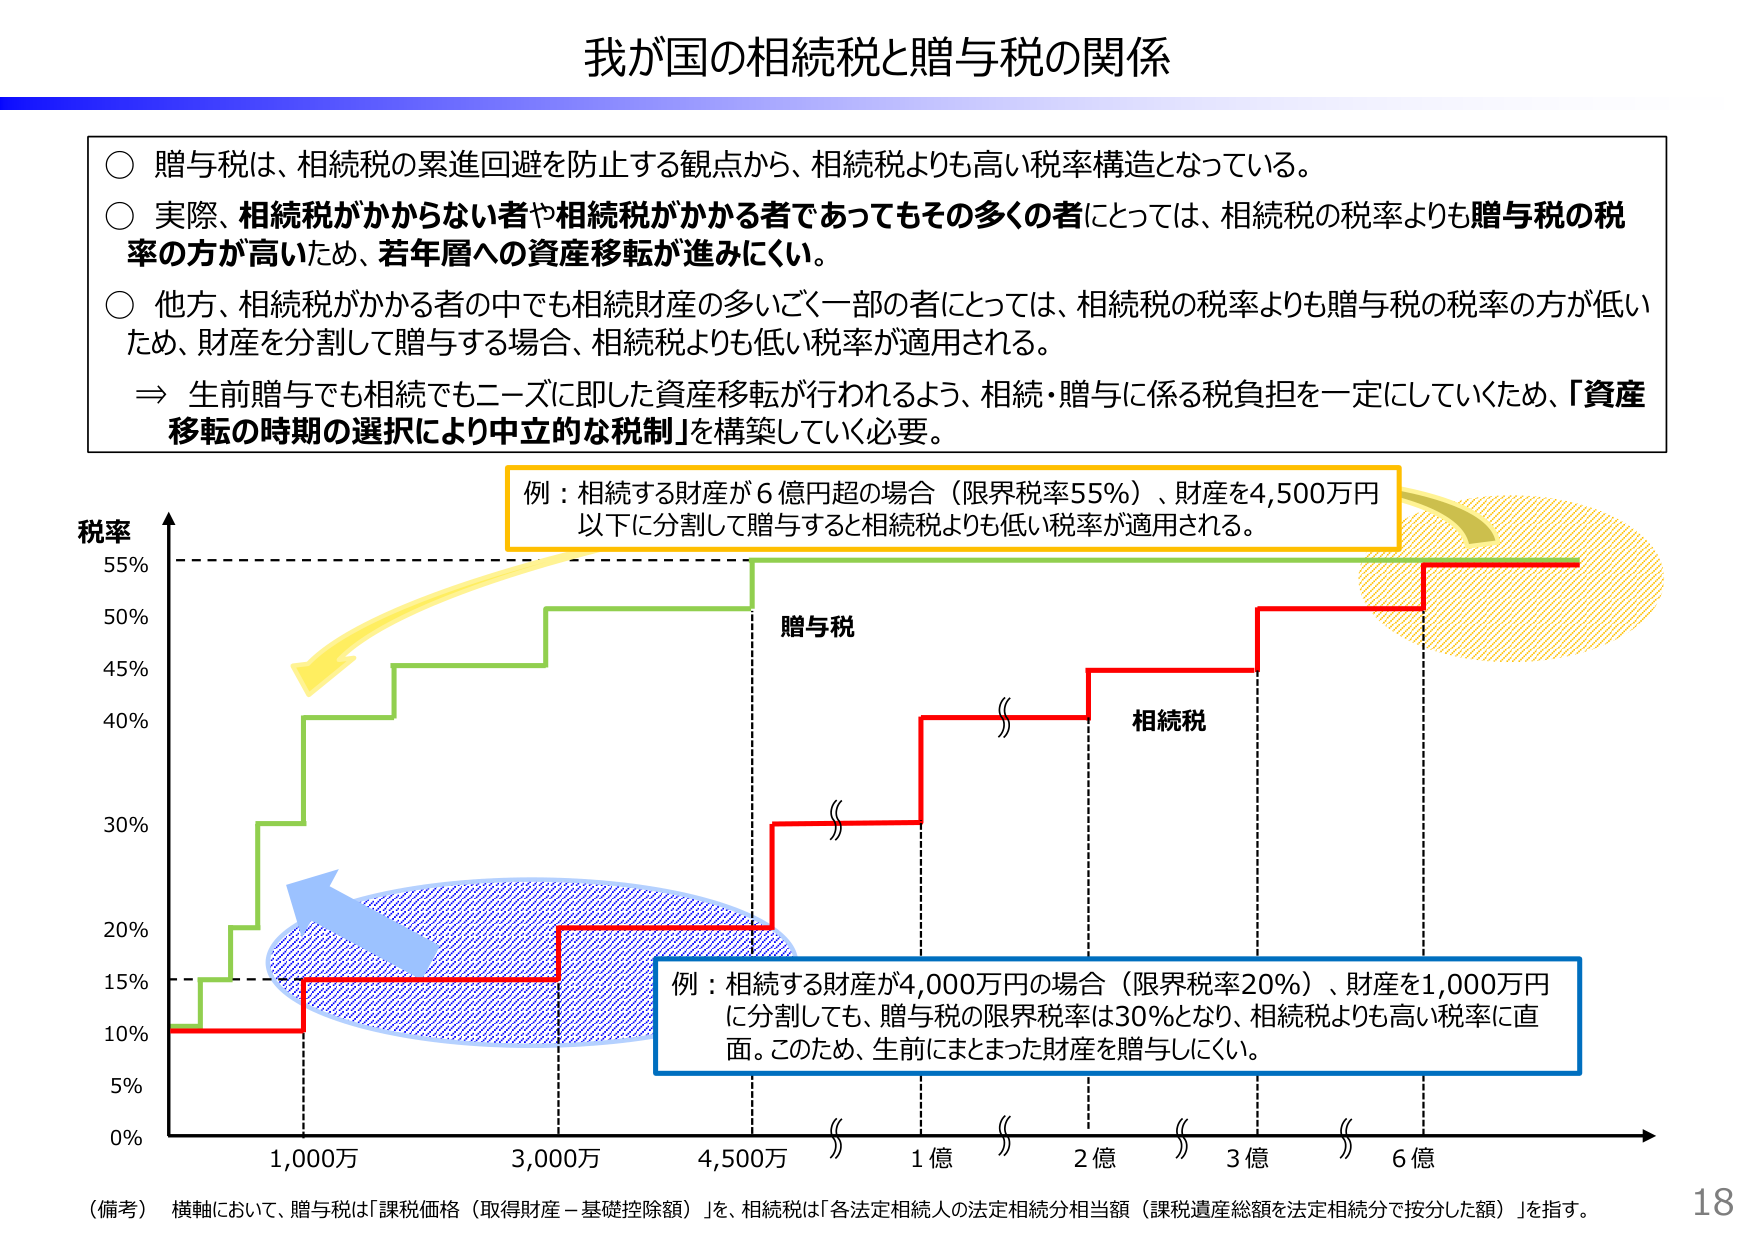
我が国の相続税と贈与税の関係

○ 贈与税は、相続税の累進回避を防止する観点から、相続税よりも高い税率構造となっている。
○ 実際、相続税がかからない者や相続税がかかる者であってもその多くの者にとっては、相続税の税率よりも贈与税の税率の方が高いため、若年層への資産移転が進みにくい。
○ 他方、相続税がかかる者の中でも相続財産の多いごく一部の者にとっては、相続税の税率よりも贈与税の税率の方が低いため、財産を分割して贈与する場合、相続税よりも低い税率が適用される。
⇒ 生前贈与でも相続でもニーズに即した資産移転が行われるよう、相続・贈与に係る税負担を一定にしていくため、「資産移転の時期の選択により中立的な税制」を構築していく必要。

税率
55%
50%
45%
40%
30%
20%
15%
10%
5%
0%

贈与税
相続税

例：相続する財産が6億円超の場合（限界税率55%）、財産を4,500万円以下に分割して贈与すると相続税よりも低い税率が適用される。

例：相続する財産が4,000万円の場合（限界税率20%）、財産を1,000万円に分割しても、贈与税の限界税率は30%となり、相続税よりも高い税率に直面。このため、生前にまとまった財産を贈与しにくい。

1,000万
3,000万
4,500万
1億
2億
3億
6億

（備考）横軸において、贈与税は「課税価格（取得財産－基礎控除額）」を、相続税は「各法定相続人の法定相続分相当額（課税遺産総額を法定相続分で按分した額）」を指す。

18